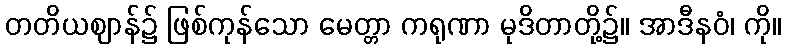
တတိယဈာန်၌ ဖြစ်ကုန်သော မေတ္တာ ကရုဏာ မုဒိတာတို့၌။ အာဒီနဝံ၊ ကို။